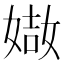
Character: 𡟌